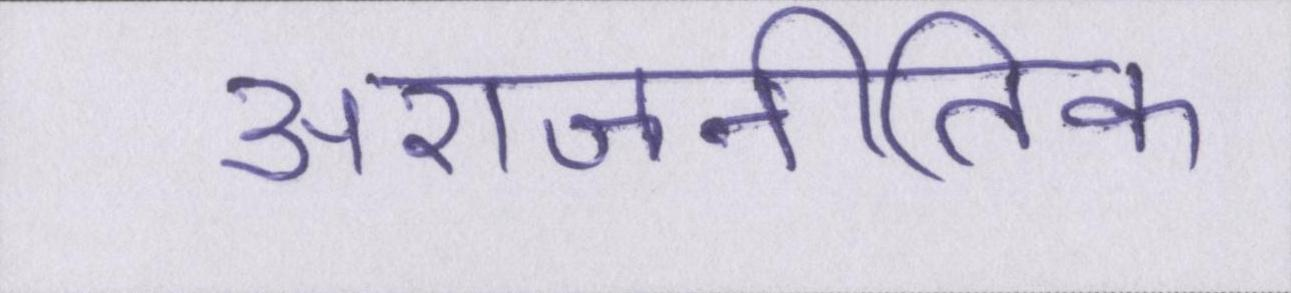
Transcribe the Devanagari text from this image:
अराजनीतिक